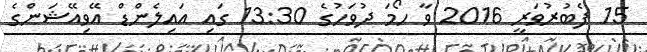
15 ފެބުރުވަރީ 2016 ވާ ހޯމަ ދުވަހުގެ 13:30 ގައި އައިލެންޑް އޭވިއޭޝަންގެ